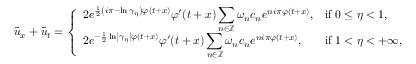
\tilde { u } _ { x } + \tilde { u } _ { t } = \left\{ \begin{array} { l l } { \displaystyle 2 e ^ { \frac { 1 } { 2 } \left( i \pi - \ln \gamma _ { \eta } \right) \varphi ( t + x ) } \varphi ^ { \prime } ( t + x ) \sum _ { n \in \mathbb { Z } } \omega _ { n } c _ { n } e ^ { n i \pi \varphi ( t + x ) } \medskip , } & { \mathrm { i f ~ } 0 \leq \eta < 1 , } \\ { \displaystyle 2 e ^ { - \frac { 1 } { 2 } \ln \left\vert \gamma _ { \eta } \right\vert \varphi ( t + x ) } \varphi ^ { \prime } ( t + x ) \sum _ { n \in \mathbb { Z } } \omega _ { n } c _ { n } e ^ { n i \pi \varphi ( t + x ) } , } & { \mathrm { i f ~ } 1 < \eta < + \infty , } \end{array} \right.